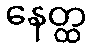
နေတ္ထ